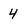
Character: 4